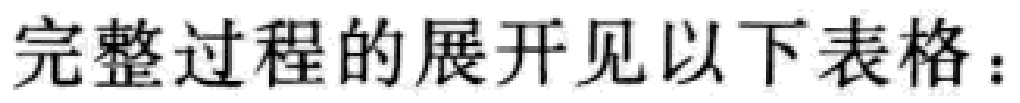
完整过程的展开见以下表格：